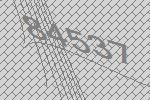
84537